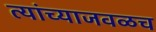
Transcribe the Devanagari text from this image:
त्यांच्याजवळच